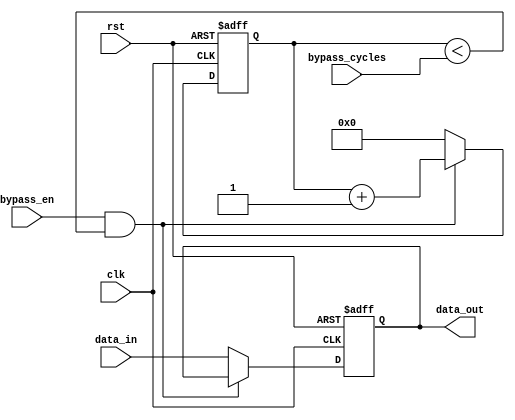
module bypass_register(
    input wire clk,          // System clock input
    input wire rst,          // Reset signal input
    input wire bypass_en,    // Bypass enable signal input
    input wire [3:0] bypass_cycles,    // Number of clock cycles to bypass
    input wire data_in,      // Input data to be synchronized
    output reg data_out      // Synchronized output data
);

reg [3:0] bypass_count;     // Counter to track number of bypassed cycles

always @(posedge clk or posedge rst) begin
    if (rst) begin
        data_out <= 'b0;
        bypass_count <= 4'b0;
    end else if (bypass_en && bypass_count < bypass_cycles) begin
        bypass_count <= bypass_count + 1;
    end else begin
        bypass_count <= 4'b0;
        data_out <= data_in;
    end
end

endmodule